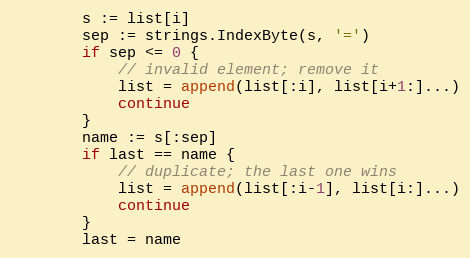
Language: Go
		s := list[i]
		sep := strings.IndexByte(s, '=')
		if sep <= 0 {
			// invalid element; remove it
			list = append(list[:i], list[i+1:]...)
			continue
		}
		name := s[:sep]
		if last == name {
			// duplicate; the last one wins
			list = append(list[:i-1], list[i:]...)
			continue
		}
		last = name